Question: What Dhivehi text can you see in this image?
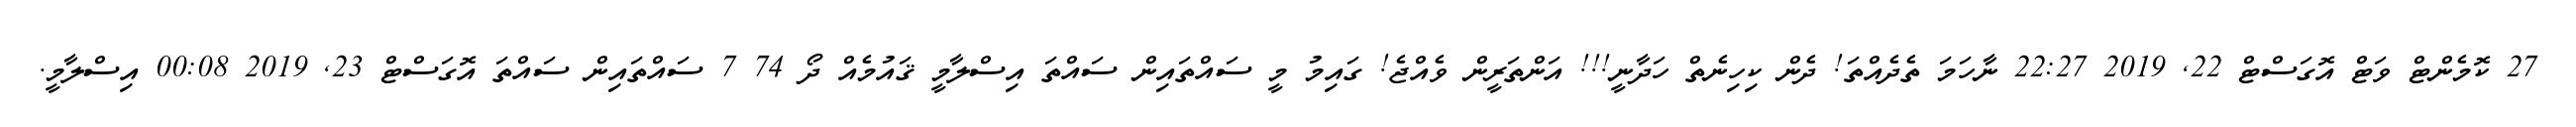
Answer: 27 ކޮމެންޓް ވަޓް އޮގަސްޓް 22, 2019 22:27 ނާހަމަ ތެދެއްތަ! ދެން ކިހިނެތް ހަދާނީ!!! އަންތަރީން ވެއްޖެ! ގައިމު މީ ސައްތައިން ސައްތަ އިސްލާމީ ޤައުމެއް ދޯ 74 7 ސައްތައިން ސައްތަ އޮގަސްޓް 23, 2019 00:08 އިސްލާމީ.